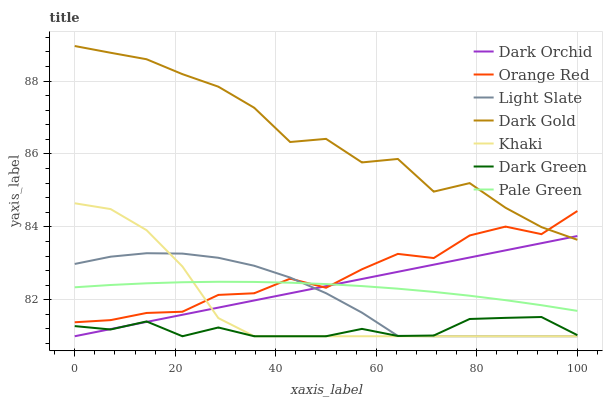
| xaxis_label | Dark Orchid | Orange Red | Light Slate | Dark Gold | Khaki | Dark Green | Pale Green |
 | --- | --- | --- | --- | --- | --- | --- | --- |
 | 0 | 81 | 81.4 | 83 | 89 | 84.6 | 81.3 | 82.3 |
 | 7.14 | 81.2 | 81.4 | 83.2 | 88.8 | 84.5 | 81.2 | 82.4 |
 | 14.3 | 81.4 | 81.6 | 83.3 | 88.6 | 83.9 | 81.4 | 82.5 |
 | 21.4 | 81.6 | 81.7 | 83.3 | 88.2 | 82.9 | 81 | 82.5 |
 | 28.6 | 81.8 | 82.1 | 83.2 | 87.8 | 81.5 | 81.2 | 82.5 |
 | 35.7 | 82 | 82.2 | 82.9 | 87.3 | 81 | 81 | 82.5 |
 | 42.9 | 82.2 | 82.6 | 82.6 | 86.3 | 81 | 81 | 82.5 |
 | 50 | 82.4 | 82.3 | 82.2 | 86.4 | 81 | 81 | 82.4 |
 | 57.1 | 82.6 | 82.8 | 81.6 | 85.8 | 81 | 81.2 | 82.4 |
 | 64.3 | 82.8 | 83.3 | 81 | 85.9 | 81 | 81 | 82.3 |
 | 71.4 | 83 | 83.1 | 81 | 85 | 81 | 81 | 82.2 |
 | 78.6 | 83.2 | 83.8 | 81 | 85.2 | 81 | 81.5 | 82.1 |
 | 85.7 | 83.4 | 84 | 81 | 84.5 | 81 | 81.5 | 82 |
 | 92.9 | 83.6 | 83.8 | 81 | 84 | 81 | 81.5 | 81.9 |
 | 100 | 83.7 | 84.4 | 81 | 83.6 | 81 | 81 | 81.7 |